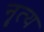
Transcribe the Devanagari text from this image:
नॄत्य